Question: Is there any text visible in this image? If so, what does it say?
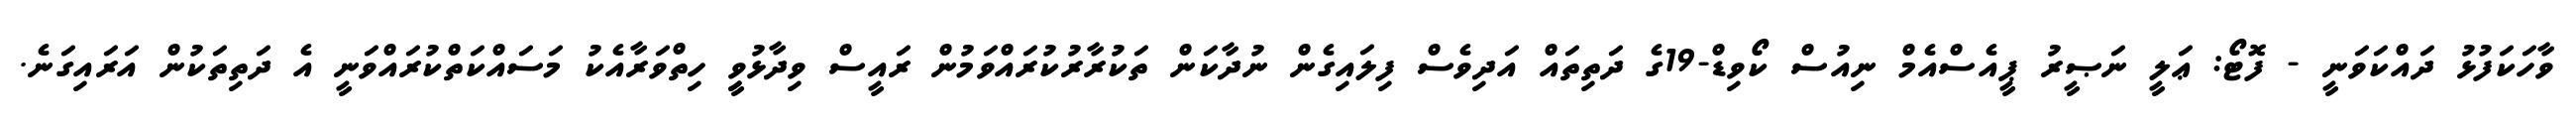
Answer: ވާހަކަފުޅު ދައްކަވަނީ - ފޮޓޯ: ޢަލީ ނަޞީރު ޕީއެސްއެމް ނިއުސް ކޯވިޑް-19ގެ ދަތިތައް އަދިވެސް ފިލައިގެން ނުދާކަން ތަކުރާރުކުރައްވަމުން ރައީސް ވިދާޅުވިީ ހިތްވަރާއެކު މަސައްކަތްކުރައްވަނީ އެ ދަތިތަކުން އަރައިގަނެ.